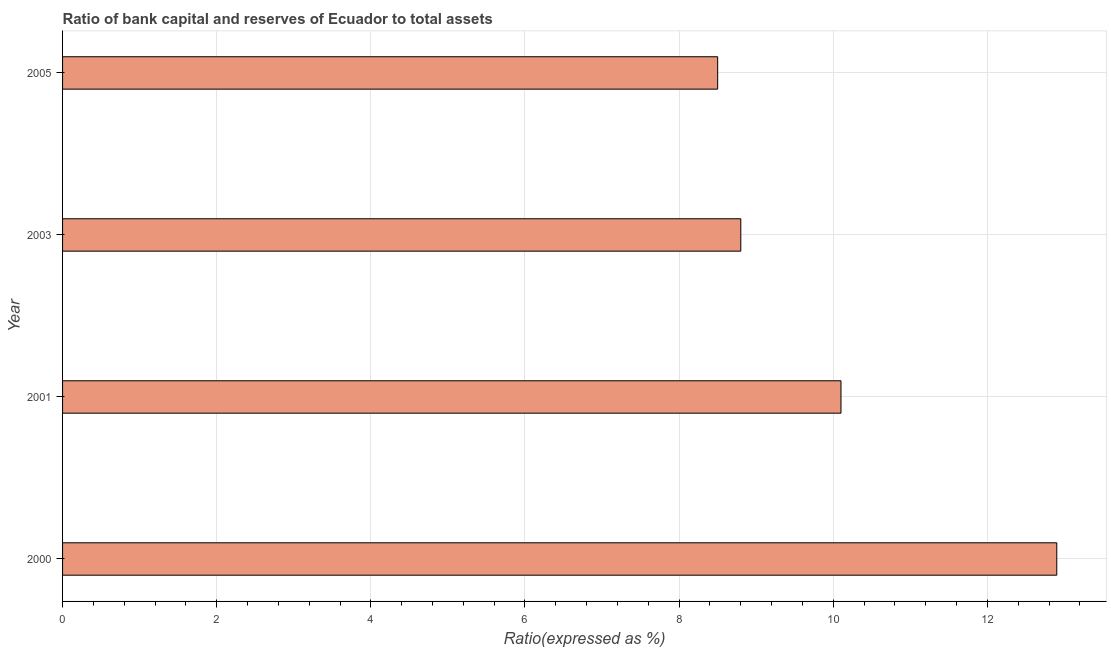
| Year | Bank capital to assets ratio |
 | --- | --- |
 | 2000 | 12.9 |
 | 2001 | 10.1 |
 | 2003 | 8.8 |
 | 2005 | 8.5 |